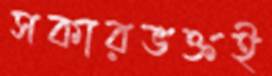
সকারভক্তই